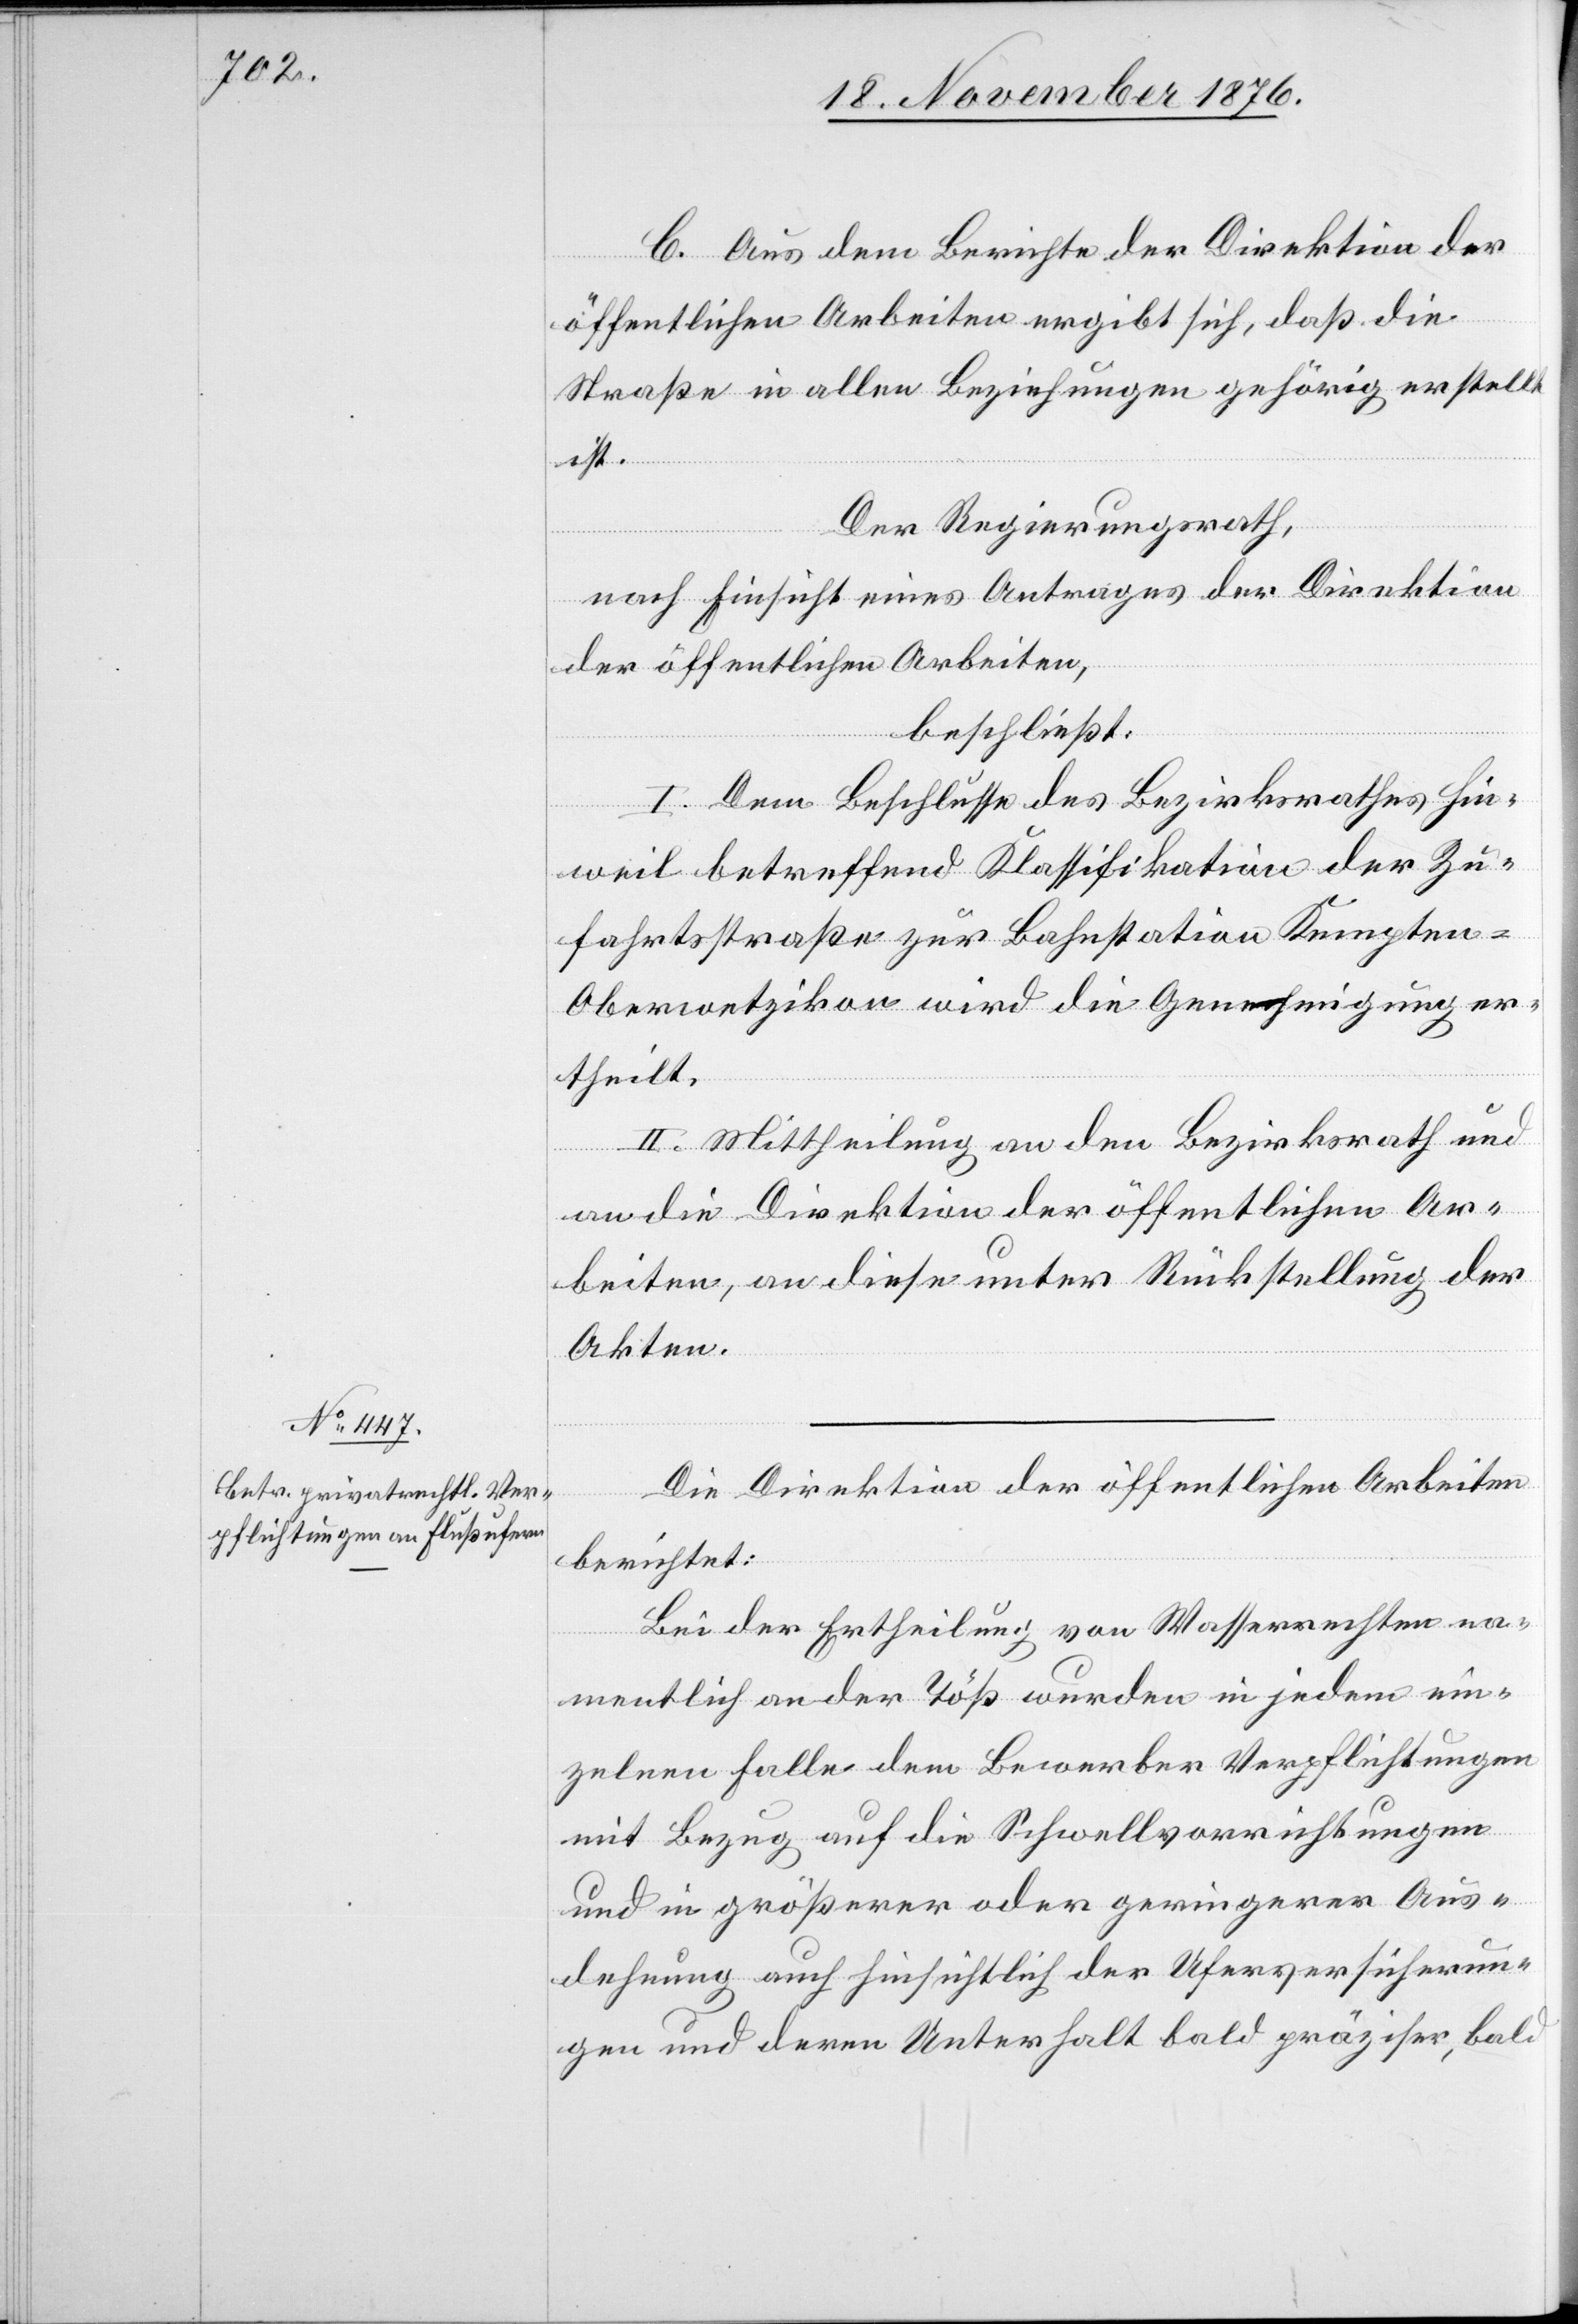
C. Aus dem Berichte der Direktion der
öffentlichen Arbeiten ergibt sich, daß die
Straße in allen Beziehungen gehörig erstellt
ist.
Der Regierungsrath,
nach Einsicht eines Antrages der Direktion
der öffentlichen Arbeiten,
beschließt:
I. Dem Beschlusse des Bezirksrathes Hin¬
weil betreffend Klassifikation der Zu¬
fahrtsstraße zur Bahnstation Kempte¬
n-Oberwetzikon wird die Genehmigung er¬
theilt.
II. Mittheilung an den Bezirksrath und
an die Direktion der öffentlichen Ar¬
beiten, an diese unter Rückstellung der
Akten.
Die Direktion der öffentlichen Arbeiten
berichtet:
Bei der Ertheilung von Wasserrechten na¬
mentlich an der Töß wurden in jedem ein¬
zelnen Falle dem Bewerber Verpflichtungen
mit Bezug auf die Schwellvorrichtungen
und in größerer oder geringerer Aus¬
dehnung auch hinsichtlich der Uferversicherun¬
gen und deren Unterhalt bald präziser, bald